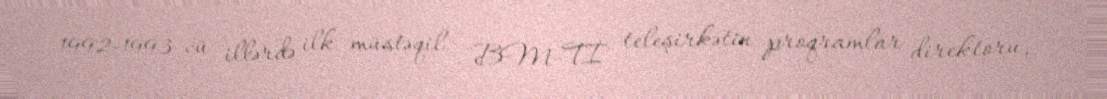
1992-1993-cü illərdə ilk müstəqil "BM-Tİ" teleşirkətin proqramlar direktoru,